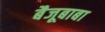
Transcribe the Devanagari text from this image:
बैजूबाबा